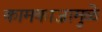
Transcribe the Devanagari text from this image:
कामकाजामुळे